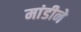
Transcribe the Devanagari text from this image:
मांडीने